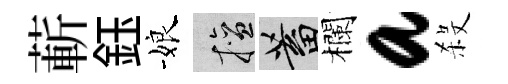
蔪鈺娘擅蓄欄a殺